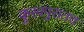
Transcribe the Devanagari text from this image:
कुरवपुरातच